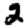
Digit: 2